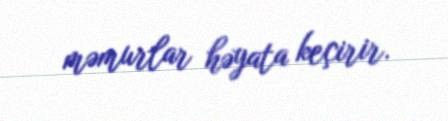
məmurlar həyata keçirir.